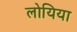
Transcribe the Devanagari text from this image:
लोयिया